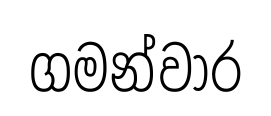
ගමන්වාර